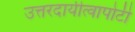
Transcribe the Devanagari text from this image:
उत्तरदायीत्वापोटी